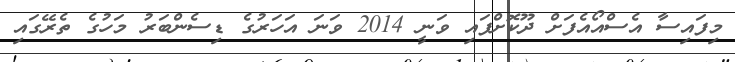
މިފައިސާ އެސްއޯއެފަށް ދޫކޮށްފައި ވަނީ 2014 ވަނަ އަހަރުގެ ޑިސެންބަރު މަހުގެ ތެރޭގައި